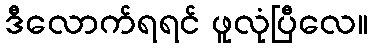
ဒီလောက်ရရင် ဖူလုံပြီလေ။